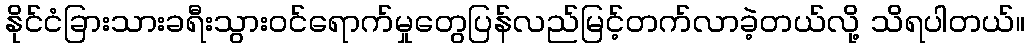
နိုင်ငံခြားသားခရီးသွားဝင်ရောက်မှုတွေပြန်လည်မြင့်တက်လာခဲ့တယ်လို့ သိရပါတယ်။